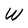
Character: W